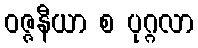
ဝဇ္ဇနီယာ စ ပုဂ္ဂလာ